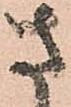
さ